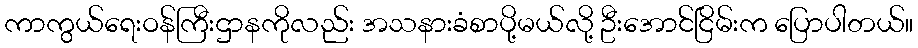
ကာကွယ်ရေးဝန်ကြီးဌာနကိုလည်း အသနားခံစာပို့မယ်လို့ ဦးအောင်ငြိမ်းက ပြောပါတယ်။